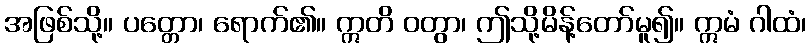
အဖြစ်သို့။ ပတ္တော၊ ရောက်၏။ ဣတိ ဝတွာ၊ ဤသို့မိန့်တော်မူ၍။ ဣမံ ဂါထံ၊